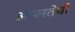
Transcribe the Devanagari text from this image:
अम्लतेची